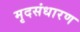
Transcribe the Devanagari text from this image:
मृदसंधारण